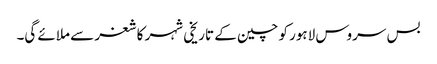
بس سروس لاہور کو چین کے تاریخی شہر کاشغر سے ملائے گی۔